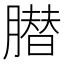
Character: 𦠛